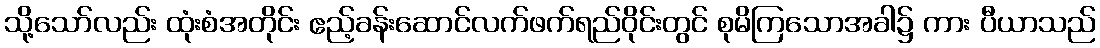
သို့သော်လည်း ထုံးစံအတိုင်း ဧည့်ခန်းဆောင်လက်ဖက်ရည်ဝိုင်းတွင် စုမိကြသောအခါ၌ ကား ပီယာသည်